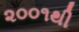
૨૦૦૧થી